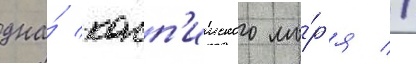
дна́ касп'ииского мо́р'я //